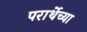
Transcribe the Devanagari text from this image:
परार्थेच्या